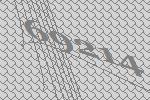
69214